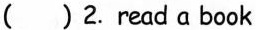
( ) 2. read a book